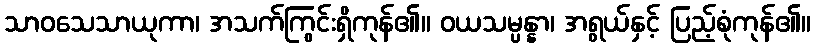
သာဝသေသာယုကာ၊ အသက်ကြွင်းရှိကုန်၏။ ဝယသမ္ပန္နာ၊ အရွယ်နှင့် ပြည့်စုံကုန်၏။